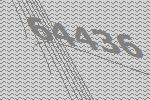
64436